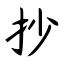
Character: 抄